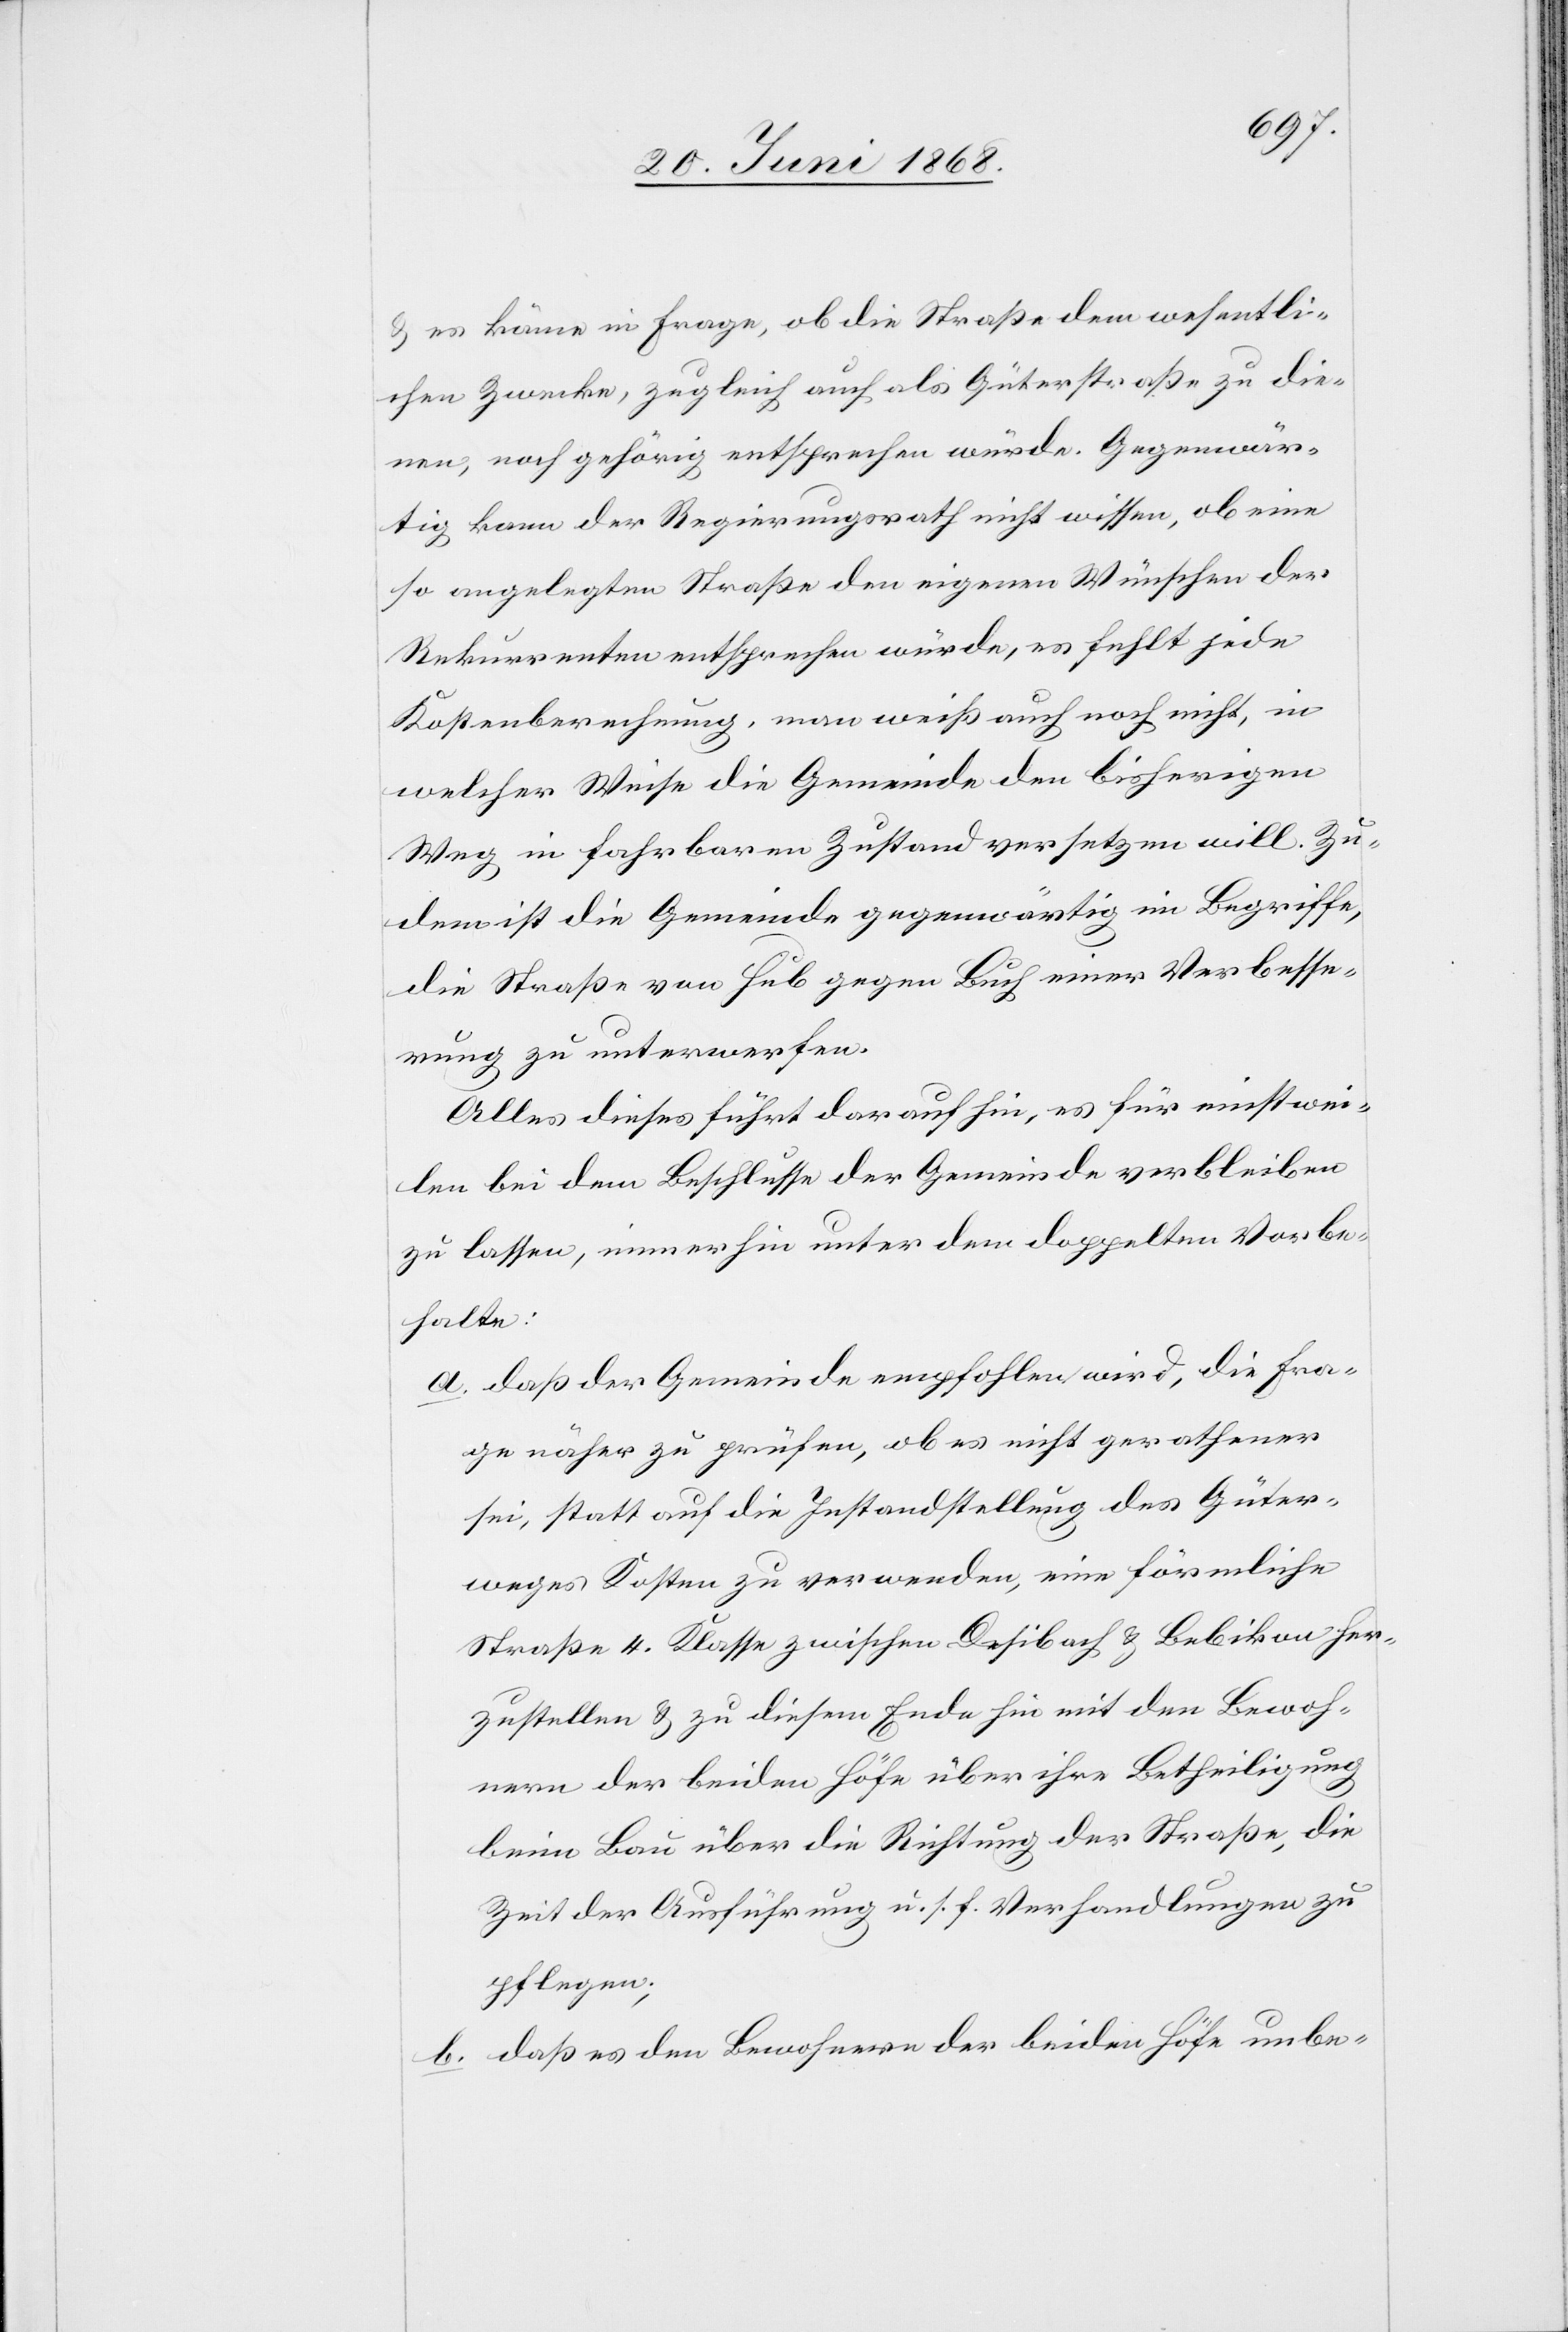
& es käme in Frage, ob die Straße dem wesentli¬
chen Zwecke, zugleich auch als Güterstraße zu die¬
nen, noch gehörig entsprechen würde. Gegenwär¬
tig kann der Regierungsrath nicht wissen, ob eine
so angelegten [sic!] Straße den eigenen Wünschen der
Rekurrenten entsprechen würde, es fehlt jede
Kostenberechnung, man weiß auch noch nicht, in
welcher Weise die Gemeinde den bisherigen
Weg in fahrbaren Zustand versetzen will. Zu¬
dem ist die Gemeinde gegenwärtig im Begriffe,
die Straße von Hub gegen Buch einer Verbesse¬
rung zu unterwerfen.
Alles dieses führt darauf hin, es für einstwe¬
ilen bei dem Beschlusse der Gemeinde verbleiben
zu lassen, immerhin unter dem doppelten Vorbe¬
halte:
daß der Gemeinde empfohlen wird, die Fra¬
ge näher zu prüfen, ob es nicht gerathener
sei, statt auf die Instandstellung des Güter¬
weges Kosten zu verwenden, eine förmliche
Straße 4. Klasse zwischen Desibach & Bebikon her¬
zustellen & zu diesem Ende hin mit den Bewoh¬
nern der beiden Höfe über ihre Betheiligung
beim Bau über die Richtung der Straße, die
Zeit der Ausführung u. s. f. Verhandlungen zu
pflegen;
daß es den Bewohnern der beiden Höfe unbe-